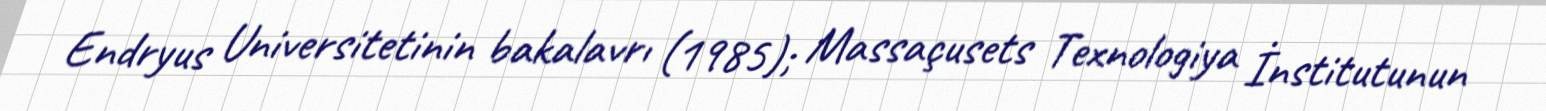
Endryus Universitetinin bakalavrı (1985); Massaçusets Texnologiya İnstitutunun